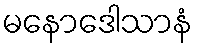
မနောဒေါသာနံ